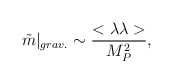
\begin{align*}\tilde m|_{grav.} \sim {<\lambda \lambda> \over M_P^2},\end{align*}